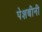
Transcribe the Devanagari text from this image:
पेशबीनी